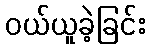
ဝယ်ယူခဲ့ခြင်း